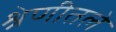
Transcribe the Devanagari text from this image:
श्रेणीतले